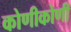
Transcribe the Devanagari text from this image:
कोणीकोणी